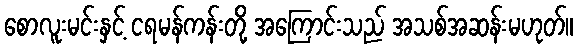
စောလူးမင်းနှင့် ငရမန်ကန်းတို့ အကြောင်းသည် အသစ်အဆန်းမဟုတ်။